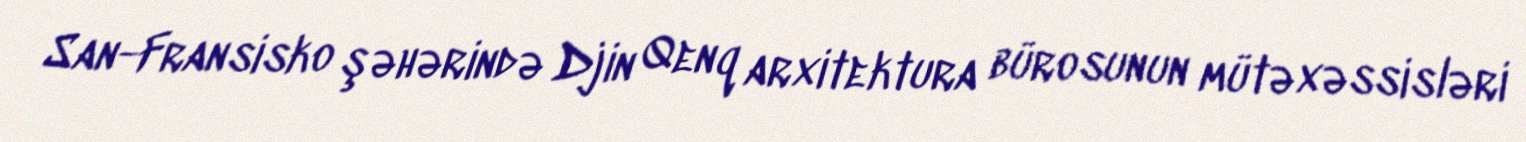
San-Fransisko şəhərində Djin Qenq arxitektura bürosunun mütəxəssisləri